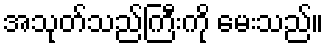
အသုတ်သည်ကြီးကို မေးသည်။